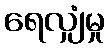
ရေလျှံမှု